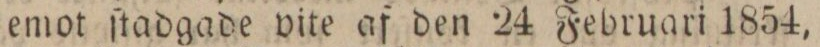
emot ſtadgade vite af den 24 Februari 1854,